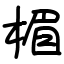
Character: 楣